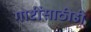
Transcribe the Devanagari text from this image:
गोष्टींसाठीही